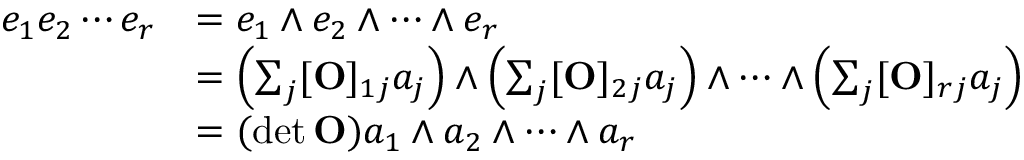
{ \begin{array} { r l } { e _ { 1 } e _ { 2 } \cdots e _ { r } } & { = e _ { 1 } \wedge e _ { 2 } \wedge \cdots \wedge e _ { r } } \\ & { = \left( \sum _ { j } [ \mathbf { O } ] _ { 1 j } a _ { j } \right) \wedge \left( \sum _ { j } [ \mathbf { O } ] _ { 2 j } a _ { j } \right) \wedge \cdots \wedge \left( \sum _ { j } [ \mathbf { O } ] _ { r j } a _ { j } \right) } \\ & { = ( \operatorname* { d e t } \mathbf { O } ) a _ { 1 } \wedge a _ { 2 } \wedge \cdots \wedge a _ { r } } \end{array} }